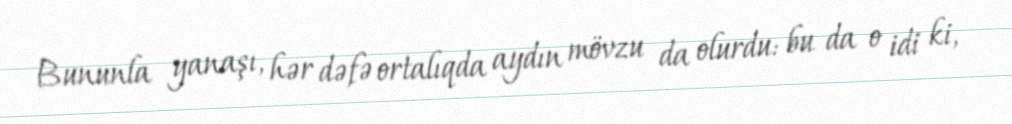
Bununla yanaşı, hər dəfə ortalıqda aydın mövzu da olurdu: bu da o idi ki,